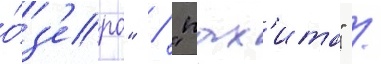
о́з'еро" / "пах'ита" /